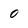
Character: 0